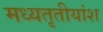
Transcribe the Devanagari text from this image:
मध्यतृतीयांश